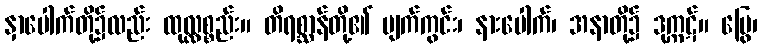
နှာပေါက်တို့၌လည်း ထုလ္လစ္စည်း။ တိရစ္ဆာန်တို့၏ မျက်ကွင်း၊ နားပေါက်၊ အနာတို့၌ ဒုက္ကဋ်။ မြွေ၊